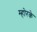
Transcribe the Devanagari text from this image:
म्होरके